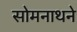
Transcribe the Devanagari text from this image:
सोमनाथने